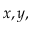
x , y ,